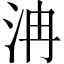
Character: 𣲹